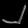
Digit: ၂